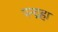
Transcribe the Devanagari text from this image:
पन्द्रहा